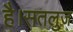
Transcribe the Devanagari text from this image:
है।सतलुज